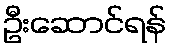
ဦးဆောင်ရန်